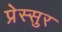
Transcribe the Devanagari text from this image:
प्रेस्सुर